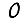
Digit: 0